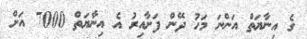
ގެ އިނާޔަތް އަންނަ މަހު ދޭން ފަށާއިރު އެ އިނާޔަތް 7000 އަށް